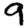
Digit: 9